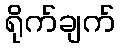
ရိုက်ချက်